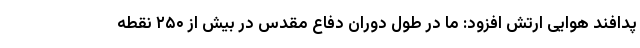
پدافند هوایی ارتش افزود: ما در طول دوران دفاع مقدس در بیش از ۲۵۰ نقطه